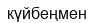
күйбеңмен